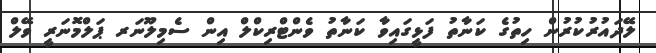
ލޭދައުރުކުރުން ހިތުގެ ކަނާތު ފަޅީގައިވާ ކަނާތު ވެންޓްރިކްލް އިން ސެމިލޫނަރ ޕަލްމޮނަރީ ވޭލް